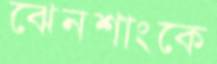
ঝেনশাংকে